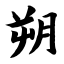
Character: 朔